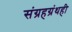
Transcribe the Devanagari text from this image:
संग्रहग्रंथही